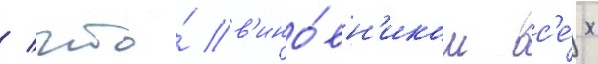
/ что́ в'ино́вн'иком вс'е́х